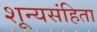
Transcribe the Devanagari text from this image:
शून्यसंहिता